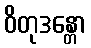
ဝိတုဒန္တော